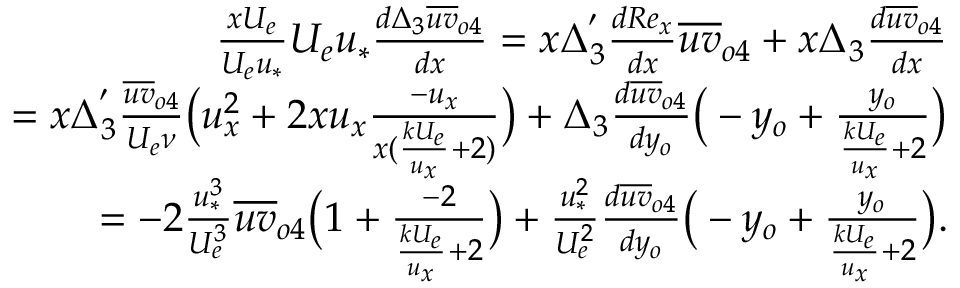
\begin{array} { r } { \frac { x U _ { e } } { U _ { e } u _ { * } } U _ { e } u _ { * } \frac { d \Delta _ { 3 } \overline { { u v } } _ { o 4 } } { d x } = x \Delta _ { 3 } ^ { ' } \frac { d R e _ { x } } { d x } \overline { { u v } } _ { o 4 } + x \Delta _ { 3 } \frac { d \overline { { u v } } _ { o 4 } } { d x } } \\ { = x \Delta _ { 3 } ^ { ' } \frac { \overline { { u v } } _ { o 4 } } { U _ { e } \nu } \big ( u _ { x } ^ { 2 } + 2 x u _ { x } \frac { - u _ { x } } { x ( \frac { k U _ { e } } { u _ { x } } + 2 ) } \big ) + \Delta _ { 3 } \frac { d \overline { { u v } } _ { o 4 } } { d y _ { o } } \big ( - y _ { o } + \frac { y _ { o } } { \frac { k U _ { e } } { u _ { x } } + 2 } \big ) } \\ { = - 2 \frac { u _ { * } ^ { 3 } } { U _ { e } ^ { 3 } } \overline { { u v } } _ { o 4 } \big ( 1 + \frac { - 2 } { \frac { k U _ { e } } { u _ { x } } + 2 } \big ) + \frac { u _ { * } ^ { 2 } } { U _ { e } ^ { 2 } } \frac { d \overline { { u v } } _ { o 4 } } { d y _ { o } } \big ( - y _ { o } + \frac { y _ { o } } { \frac { k U _ { e } } { u _ { x } } + 2 } \big ) . } \end{array}